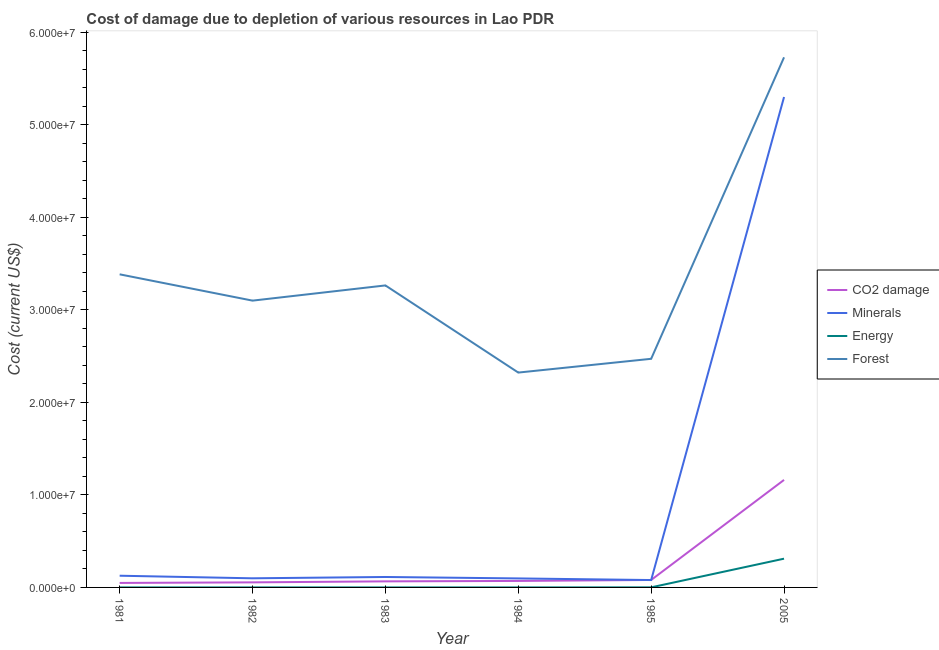
| Year | CO2 damage | Minerals | Energy | Forest |
 | --- | --- | --- | --- | --- |
 | 1981 | 4.86e+05 | 1.27e+06 | 1.97e+03 | 3.38e+07 |
 | 1982 | 5.48e+05 | 9.86e+05 | 4.23e+03 | 3.1e+07 |
 | 1983 | 6.56e+05 | 1.13e+06 | 2.66e+03 | 3.26e+07 |
 | 1984 | 7.02e+05 | 9.74e+05 | 2.02e+03 | 2.32e+07 |
 | 1985 | 8.06e+05 | 7.98e+05 | 7.15e+03 | 2.47e+07 |
 | 2005 | 1.16e+07 | 5.3e+07 | 3.11e+06 | 5.73e+07 |